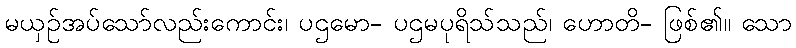
မယှဉ်အပ်သော်လည်းကောင်း၊ ပဌမော- ပဌမပုရိသ်သည်၊ ဟောတိ- ဖြစ်၏။ သော